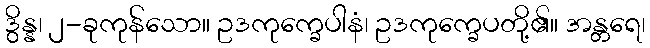
ဒွိန္န၊ ၂-ခုကုန်သော။ ဥဒကုက္ခေပါနံ၊ ဥဒကုက္ခေပတို့၏။ အန္တရေ၊